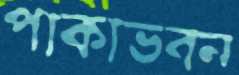
পাকাভবন